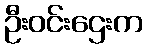
ဦးဝင်းဌေးက